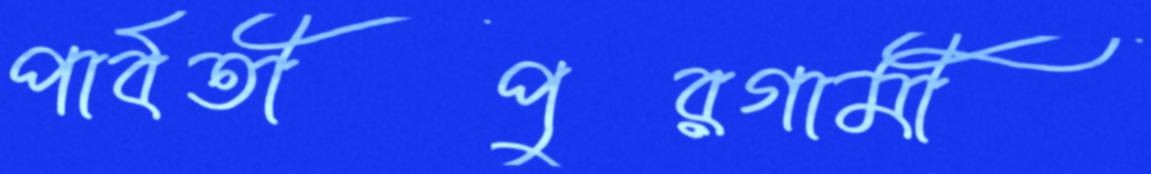
পার্বতীপুরগামী